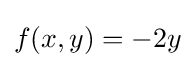
f(x,y)=-2y